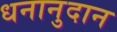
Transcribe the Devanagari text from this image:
धनानुदान